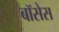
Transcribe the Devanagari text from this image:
बॉसेस